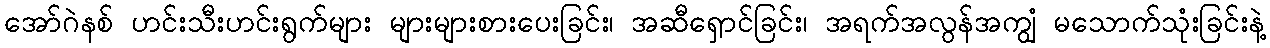
အော်ဂဲနစ် ဟင်းသီးဟင်းရွက်များ များများစားပေးခြင်း၊ အဆီရှောင်ခြင်း၊ အရက်အလွန်အကျွံ မသောက်သုံးခြင်းနဲ့